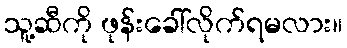
သူ့ဆီကို ဖုန်းခေါ်လိုက်ရမလား။